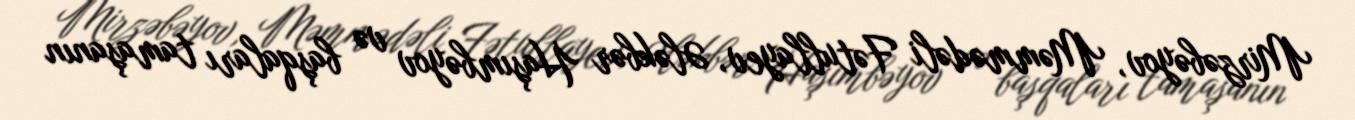
Mirzəbəyov, Məmmədəli Fətullayev, Ələkbər Haşımbəyov və başqaları tamaşanın